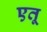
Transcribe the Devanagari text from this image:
एतू